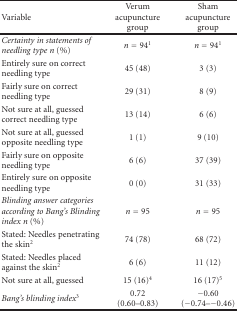
<table><thead><tr><td><b>Variable</b></td><td><b>Verum acupuncture group</b></td><td><b>Sham acupuncture group</b></td></tr></thead><tbody><tr><td><i>Certainty in statements of needling type n</i> (%)</td><td><i>n</i> = 94<sup>1</sup></td><td><i>n</i> = 94<sup>1</sup></td></tr><tr><td>Entirely sure on correct needling type</td><td>45 (48)</td><td> 3 (3)</td></tr><tr><td>Fairly sure on correct needling type</td><td>29 (31)</td><td> 8 (9)</td></tr><tr><td>Not sure at all, guessed correct needling type</td><td>13 (14)</td><td> 6 (6)</td></tr><tr><td>Not sure at all, guessed opposite needling type</td><td> 1 (1)</td><td> 9 (10)</td></tr><tr><td>Fairly sure on opposite needling type</td><td> 6 (6)</td><td>37 (39)</td></tr><tr><td>Entirely sure on opposite needling type</td><td> 0 (0)</td><td>31 (33)</td></tr><tr><td><i>Blinding answer categories according to Bang&#x27;s Blinding index n</i> (%)</td><td><i>n</i> = 95</td><td><i>n</i> = 95</td></tr><tr><td>Stated: Needles penetrating the skin<sup>2</sup></td><td>74 (78)</td><td>68 (72)</td></tr><tr><td>Stated: Needles placed against the skin<sup>2</sup></td><td> 6 (6)</td><td>11 (12)</td></tr><tr><td>Not sure at all, guessed</td><td>15 (16)<sup>4</sup></td><td>16 (17)<sup>5</sup></td></tr><tr><td><i>Bang&#x27;s blinding index<sup>3</sup></i></td><td>0.72 (0.60–0.83)</td><td>−0.60 (−0.74–−0.46)</td></tr></tbody></table>